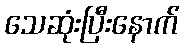
သေဆုံးပြီးနောက်